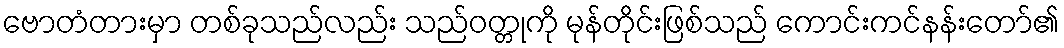
ဗောတံတားမှာ တစ်ခုသည်လည်း သည်ဝတ္တုကို မုန်တိုင်းဖြစ်သည် ကောင်းကင်နန်းတော်၏